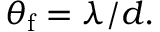
\theta _ { \mathrm { f } } = \lambda / d .